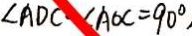
\angle A D C \angle A O C = 9 0 ^ { \circ } .